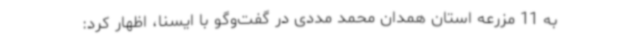
به 11 مزرعه استان همدان محمد مددی در گفت‌وگو با ایسنا، اظهار کرد: